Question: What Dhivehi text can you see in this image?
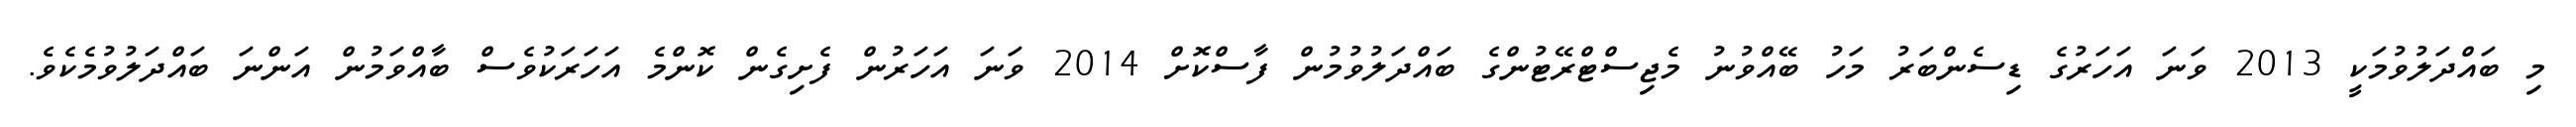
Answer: މި ބައްދަލުވުމަކީ 2013 ވަނަ އަހަރުގެ ޑިސެންބަރު މަހު ބޭއްވުނު މެޖިސްޓްރޭޓުންގެ ބައްދަލުވުމުން ފާސްކޮށް 2014 ވަނަ އަހަރުން ފެށިގެން ކޮންމެ އަހަރަކުވެސް ބާއްވަމުން އަންނަ ބައްދަލުވުމެކެވެ.